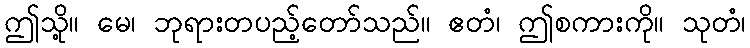
ဤသို့။ မေ၊ ဘုရားတပည့်တော်သည်။ ဧတံ၊ ဤစကားကို။ သုတံ၊